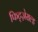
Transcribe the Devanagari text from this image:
फिट्ज़ेराल्ड